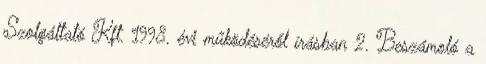
Szolgáltató Kft. 1998. évi működéséről írásban 2. Beszámoló a